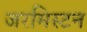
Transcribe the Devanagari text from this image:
जरमिस्टन